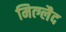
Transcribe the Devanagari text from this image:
मित्ग्लैद